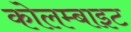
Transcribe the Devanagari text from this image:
कोलम्बाइट